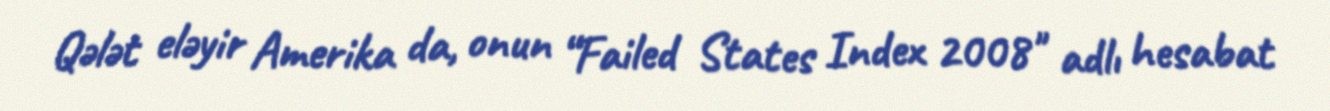
Qələt eləyir Amerika da, onun “Failed States Index 2008" adlı hesabat